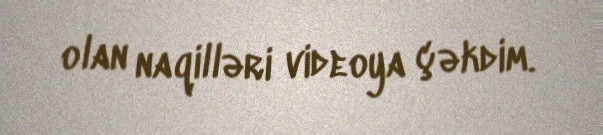
olan naqilləri videoya çəkdim.